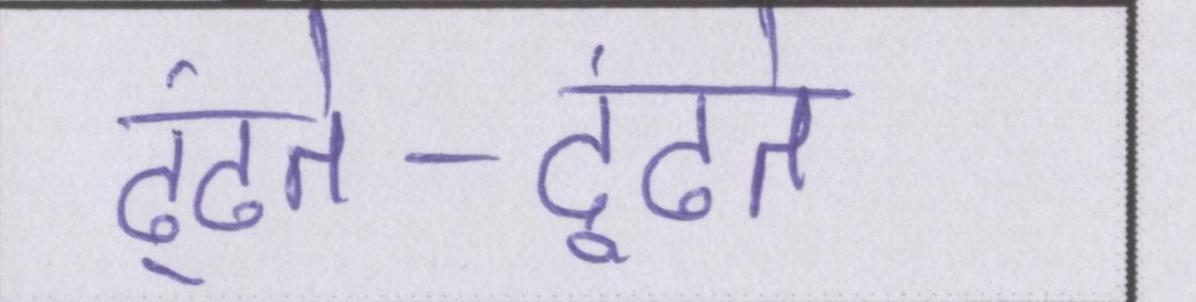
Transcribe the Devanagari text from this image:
ढूंढते-ढूंढते